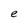
Character: e